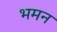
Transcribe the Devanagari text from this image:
भमन